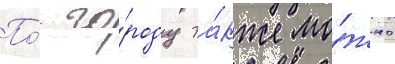
По́ го́роду та́кже мо́жно